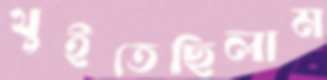
থুইতেছিলাম